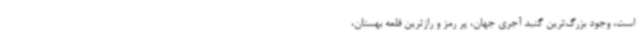
است، وجود بزرگ‌ترین گنبد آجری جهان، پر رمز و رازترین قلعه بهستان،